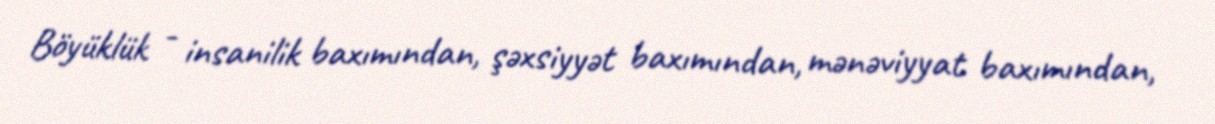
Böyüklük - insanilik baxımından, şəxsiyyət baxımından, mənəviyyat baxımından,